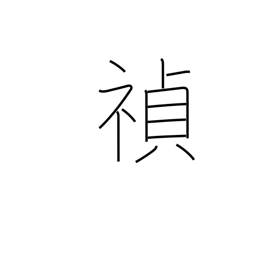
Meaning: good fortune